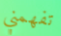
تفهمني